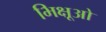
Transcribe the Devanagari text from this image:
भिक्षूओ